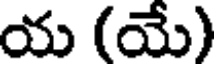
య (యే)